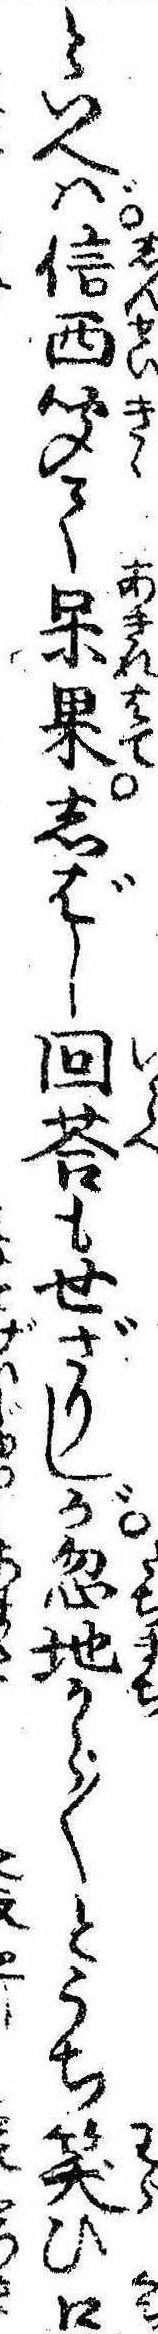
といへば信西聞て呆果しばし回答もせざりしが忽地から〱とうち笑ひ口